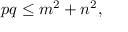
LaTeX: p q \leq m ^ { 2 } + n ^ { 2 } ,